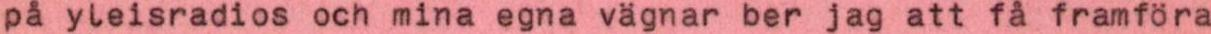
på yleisradios och mina egna vägnar ber jag att få framföra